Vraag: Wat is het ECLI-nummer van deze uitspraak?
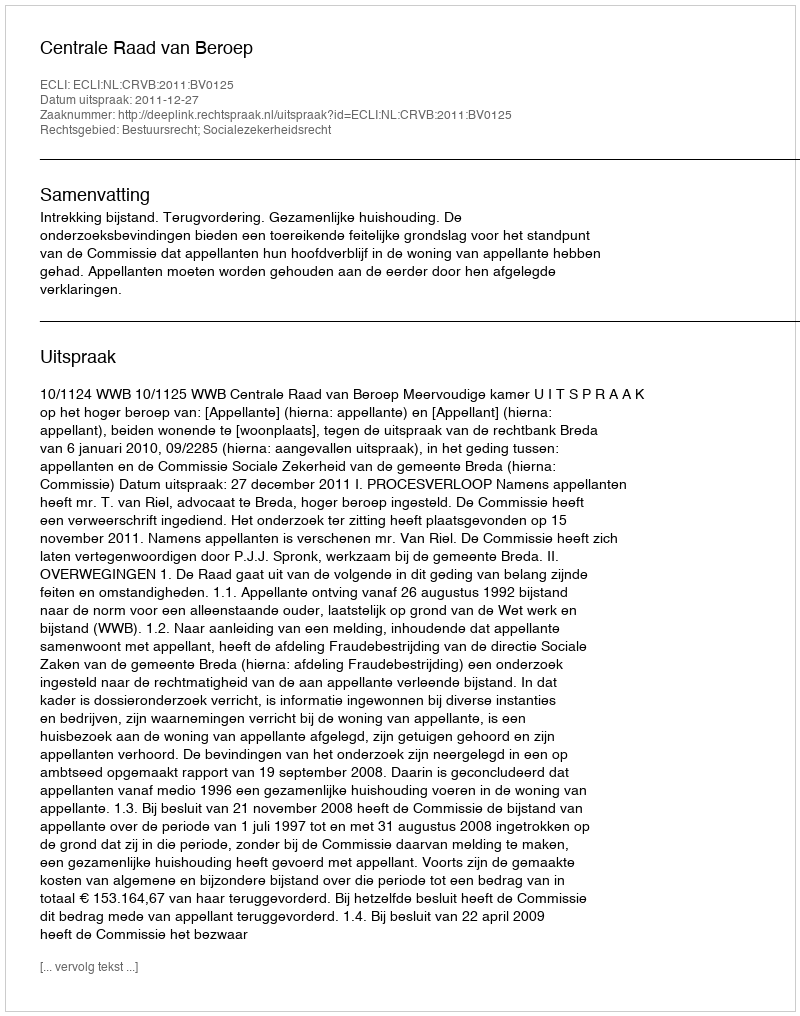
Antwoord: ECLI:NL:CRVB:2011:BV0125